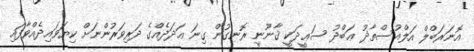
އޮނަރަބްލް އަލްއުސްތާޛު ޢަބްދު ސަޢީދަކީ ޤާނޫނީ ރޮނގުން ގިނަ ޢަދަދެއްގެ ދަރިވަރުންނަށް ކިޔަވައިދެއްވާފައި